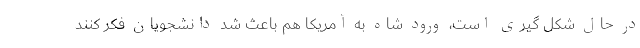
در حال شکل گیری است، ورود شاه به آمریکا هم باعث شد دانشجویان فکر کنند